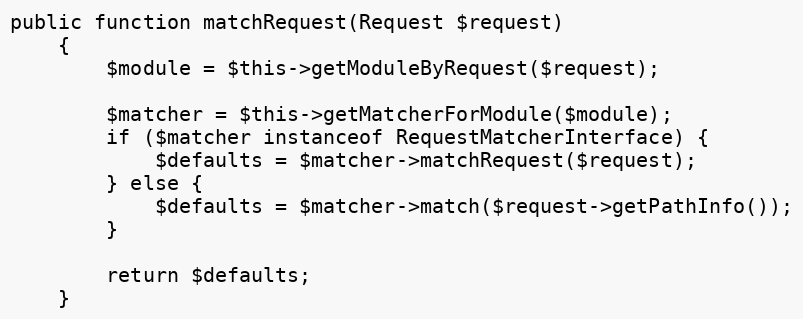
Language: PHP
public function matchRequest(Request $request)
    {
        $module = $this->getModuleByRequest($request);

        $matcher = $this->getMatcherForModule($module);
        if ($matcher instanceof RequestMatcherInterface) {
            $defaults = $matcher->matchRequest($request);
        } else {
            $defaults = $matcher->match($request->getPathInfo());
        }

        return $defaults;
    }